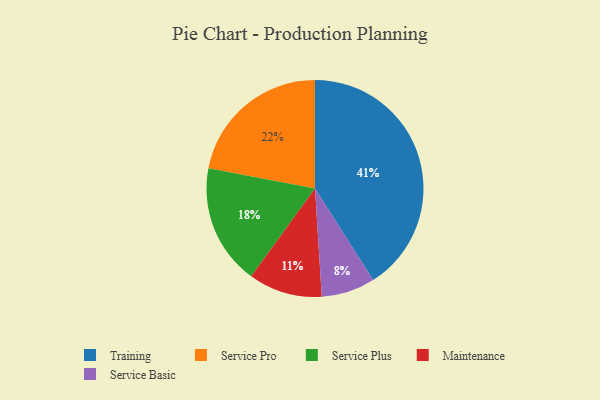
{"axis": {"x": "Category", "y": "Percentage"}, "legend": ["Maintenance", "Service Basic", "Service Plus", "Service Pro", "Training"], "data": [{"x": "Service Basic", "y": 8, "type": "Service Basic"}, {"x": "Maintenance", "y": 11, "type": "Maintenance"}, {"x": "Service Plus", "y": 18, "type": "Service Plus"}, {"x": "Training", "y": 41, "type": "Training"}, {"x": "Service Pro", "y": 22, "type": "Service Pro"}]}